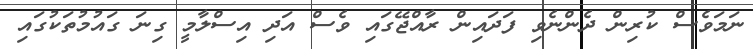
ނަމަވެސް ކުރިން ދެންނެވި ފަދައިން ރާއްޖޭގައި ވެސް އަދި އިސްލާމީ ގިނަ ގައުމުތަކުގައި